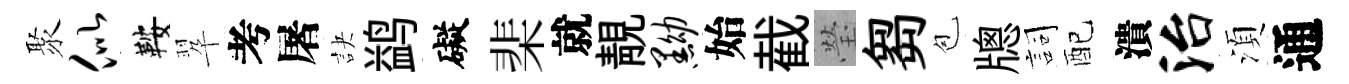
聚似鞍翆考屠訣鹢礙棐就靚黝始截瑩芻苞牕詞配潰治湏通